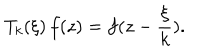
T _ { k } ( \xi ) \, f ( z ) = f ( z - \frac { \xi } { k } ) .